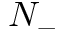
N _ { - }